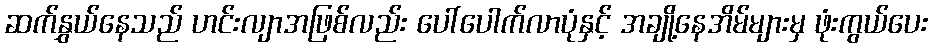
ဆက်နွှယ်နေသည် ဟင်းလျာအဖြစ်လည်း ပေါ်ပေါက်လာပုံနှင့် အချို့နေအိမ်များမှ ဖုံးကွယ်ပေး